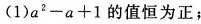
(1)a2-a+1的值恒为；